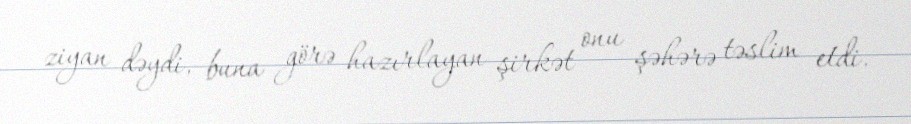
ziyan dəydi, buna görə hazırlayan şirkət onu şəhərə təslim etdi.